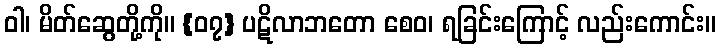
ဝါ၊ မိတ်ဆွေတို့ကို။ {၀၇} ပဋိလာဘတော စေဝ၊ ရခြင်းကြောင့် လည်းကောင်း။